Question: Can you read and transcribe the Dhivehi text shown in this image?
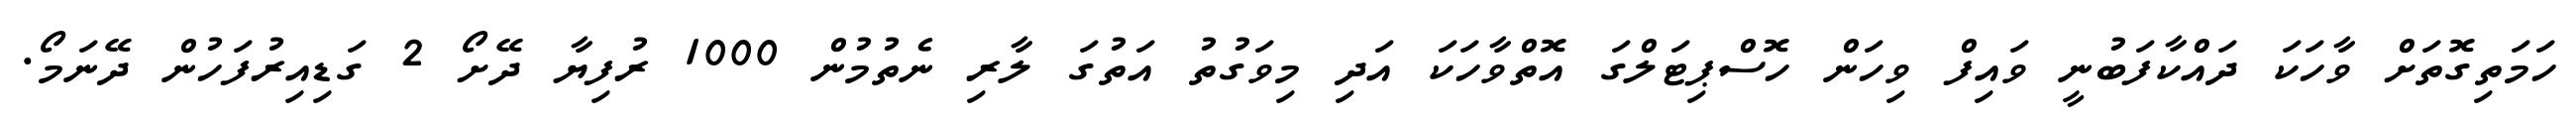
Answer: ހަމަތިގޮތަށް ވާހަކަ ދައްކާފަބުނީ ވައިފް ވިހަން ހޮސްޕިޓަލްގަ އޮތްވާހަކަ އަދި މިވަގުތު އަތުގަ ލާރި ނެތުމުން 1000 ރުފިޔާ ދޭށޯ 2 ގަޑިއިރުފަހުން ދޭނަމޯ.